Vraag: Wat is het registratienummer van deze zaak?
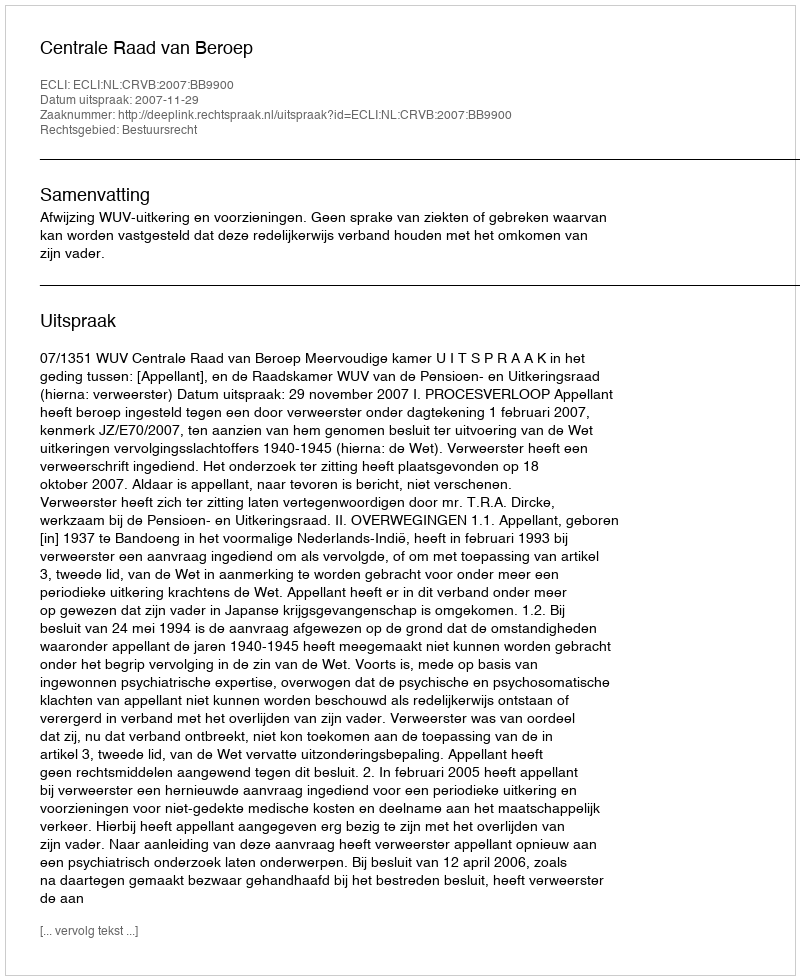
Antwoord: http://deeplink.rechtspraak.nl/uitspraak?id=ECLI:NL:CRVB:2007:BB9900